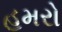
હમરો